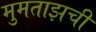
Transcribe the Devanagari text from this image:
मुमताझची